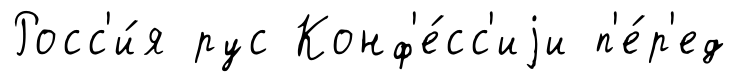
Росс'и́я рус Конф'е́сс'иjи п'е́р'ед